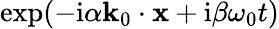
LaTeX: \exp(-\mathrm{i}\alpha\mathbf{k}_{0}\cdot\mathbf{x}+\mathrm{i}\beta\omega_{0}t)